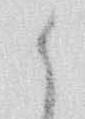
候